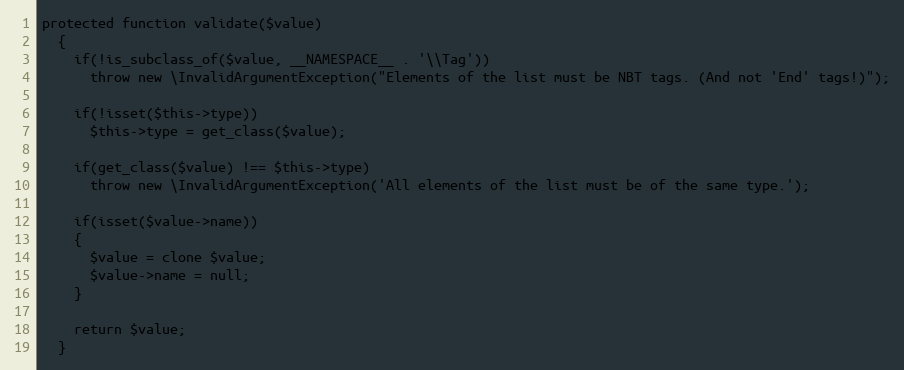
Language: PHP
protected function validate($value)
  {
    if(!is_subclass_of($value, __NAMESPACE__ . '\\Tag'))
      throw new \InvalidArgumentException("Elements of the list must be NBT tags. (And not 'End' tags!)");

    if(!isset($this->type))
      $this->type = get_class($value);

    if(get_class($value) !== $this->type)
      throw new \InvalidArgumentException('All elements of the list must be of the same type.');

    if(isset($value->name))
    {
      $value = clone $value;
      $value->name = null;
    }

    return $value;
  }